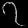
Digit: ၇